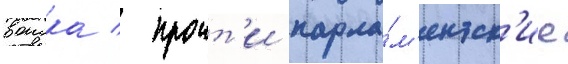
воиска / проит'и парла́м'ентск'ие